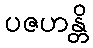
ပဇဟန္တိ